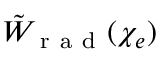
\tilde { W } _ { \mathrm { ~ r ~ a ~ d ~ } } ( \chi _ { e } )